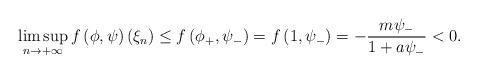
LaTeX: \begin{align*}\limsup\limits_{n\rightarrow+\infty}f\left(\phi,\psi\right)(\xi_n)\leq f\left(\phi_+,\psi_-\right)=f\left(1,\psi_-\right)=-\displaystyle\frac{m\psi_-}{1+a\psi_-}<0.\end{align*}